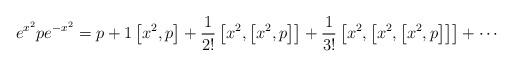
LaTeX: \begin{align*}e^{x^{2}}pe^{-x^{2}}=p+1\left[ x^{2},p\right]+\frac{1}{2!}\left[ x^{2},\left[x^{2},p\right]\right]+\frac{1}{3!}\left[x^{2},\left[x^{2},\left[x^{2},p\right]\right]\right]+\cdots\end{align*}